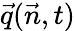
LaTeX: \vec{q}(\vec{n},t)